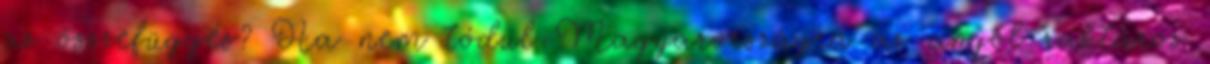
az összefüggés? Ha nem tódul Magyarországra az angol raktáros